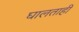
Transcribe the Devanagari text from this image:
घालताही